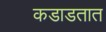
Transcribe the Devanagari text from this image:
कडाडतात